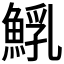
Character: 𩸐